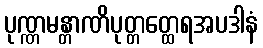
ပုဏ္ဏမန္တာဏိပုတ္တတ္ထေရအပဒါနံ